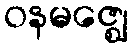
ဝနမဇ္ဈေ